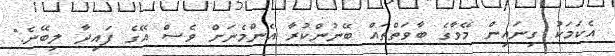
އެކަމަކު ގިނައިން މޭވާގެ ބާވަތްތައް ބޭނުންކުރާ އެންމެނަށް ވެސް އޭގެ ފައިދާ ލިބޭނެ."